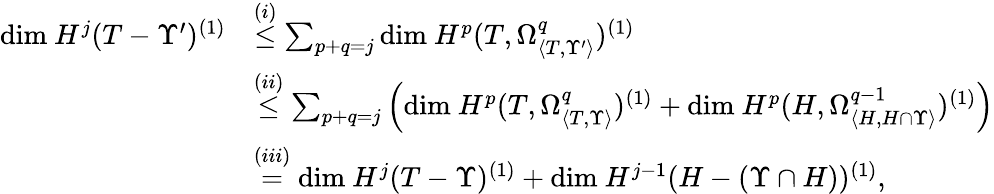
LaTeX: \begin{array}{rl}{\mathrm{dim}\ H^{j}(T-\Upsilon^{\prime})^{(1)}}&{\stackrel{(i)}{\leq}\sum_{p+q=j}\mathrm{dim}\ H^{p}(T,\Omega_{\langle T,\Upsilon^{\prime}\rangle}^{q})^{(1)}}\\ &{\stackrel{(ii)}{\leq}\sum_{p+q=j}\left(\mathrm{dim}\ H^{p}(T,\Omega_{\langle T,\Upsilon\rangle}^{q})^{(1)}+\mathrm{dim}\ H^{p}(H,\Omega_{\langle H,H\cap\Upsilon\rangle}^{q-1})^{(1)}\right)}\\ &{\stackrel{(iii)}{=}\mathrm{dim}\ H^{j}(T-\Upsilon)^{(1)}+\mathrm{dim}\ H^{j-1}(H-(\Upsilon\cap H))^{(1)},}\end{array}